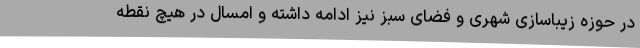
در حوزه زیباسازی شهری و فضای سبز نیز ادامه داشته و امسال در هیچ نقطه